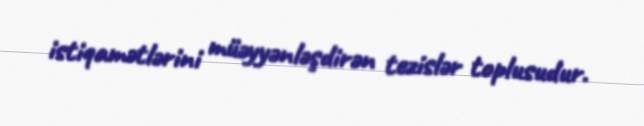
istiqamətlərini müəyyənləşdirən tezislər toplusudur.